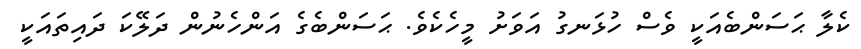
ކެލާ ޙަސަންބެއަކީ ވެސް ހުޅަނގު އަވަށު މީހެކެވެ. ޙަސަންބެގެ އަންހެނުން ދަލޭކަ ދައިތައަކީ